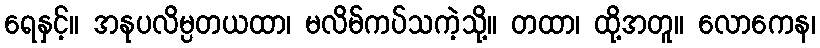
ရေနှင့်။ အနုပလိမ္ပတယထာ၊ မလိမ်ကပ်သကဲ့သို့။ တထာ၊ ထို့အတူ။ လောကေန၊